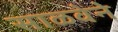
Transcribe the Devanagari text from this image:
साळवेने